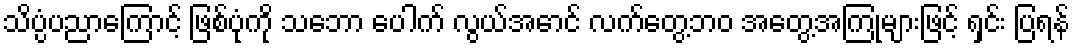
သိပ္ပံပညာကြောင့် ဖြစ်ပုံကို သဘော ပေါက် လွယ်အောင် လက်တွေ့ဘဝ အတွေ့အကြုံများဖြင့် ရှင်း ပြရန်